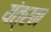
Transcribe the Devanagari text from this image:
यंत्रन